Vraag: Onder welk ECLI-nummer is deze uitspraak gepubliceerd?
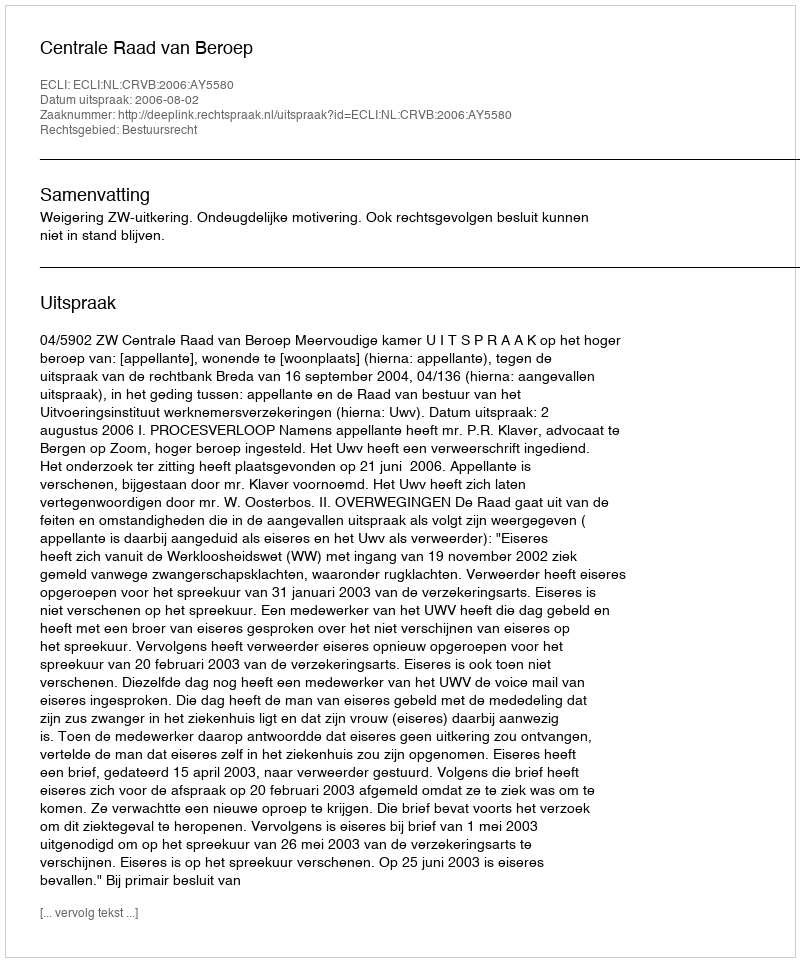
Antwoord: ECLI:NL:CRVB:2006:AY5580